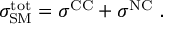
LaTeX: \sigma _ { \mathrm { S M } } ^ { \mathrm { t o t } } = \sigma ^ { \mathrm { C C } } + \sigma ^ { \mathrm { N C } } \ .